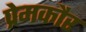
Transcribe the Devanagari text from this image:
प्रेमकौर